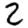
Digit: 2